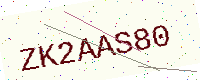
Text: ZK2AAS80